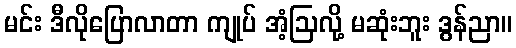
မင်း ဒီလိုပြောလာတာ ကျုပ် အံ့ဩလို့ မဆုံးဘူး ဒွန်ညာ။